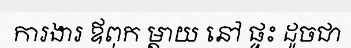
ការងារ ឪពុក ម្តាយ នៅ ផ្ទះ ដូចជា